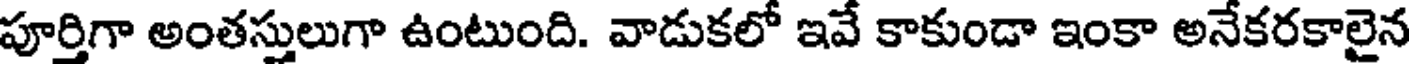
పూర్తిగా అంతస్తులుగా ఉంటుంది. వాడుకలో ఇవే కాకుండా ఇంకా అనేకరకాలైన